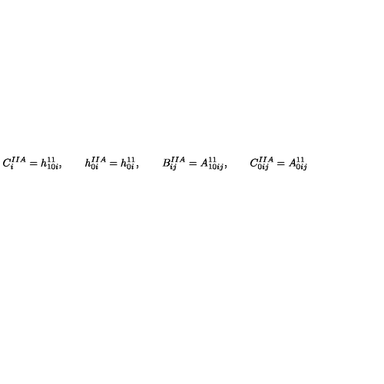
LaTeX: C _ { i } ^ { I I A } = h _ { 1 0 i } ^ { 1 1 } , \qquad h _ { 0 i } ^ { I I A } = h _ { 0 i } ^ { 1 1 } , \qquad B _ { i j } ^ { I I A } = A _ { 1 0 i j } ^ { 1 1 } , \qquad C _ { 0 i j } ^ { I I A } = A _ { 0 i j } ^ { 1 1 }